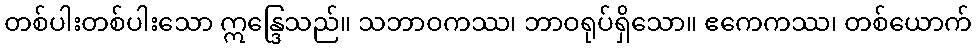
တစ်ပါးတစ်ပါးသော ဣန္ဒြေသည်။ သဘာဝကဿ၊ ဘာဝရုပ်ရှိသော။ ဧကေကဿ၊ တစ်ယောက်